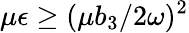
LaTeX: \mu\epsilon\geq(\mu b_{3}/2\omega)^{2}